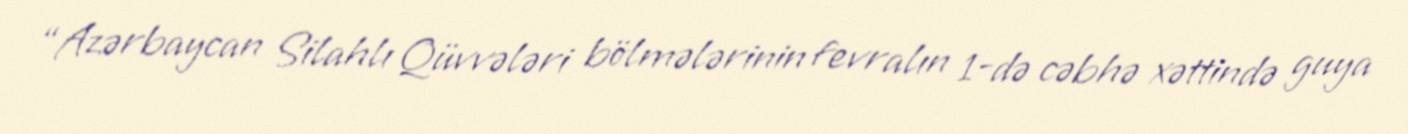
“Azərbaycan Silahlı Qüvvələri bölmələrinin fevralın 1-də cəbhə xəttində guya